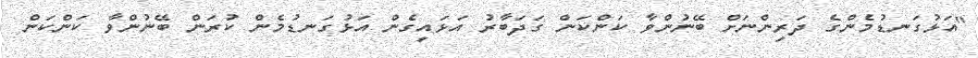
"އަޅުގަނޑުމެންގެ ދަރިންނަށް ބޭނުންވާ ކަންކަން ގަދަބާރު އަޅައިގެން އަޅުގަނޑުމެން ކުރަން ބޭނުންވާ ކަންކަން